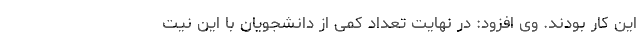
این کار بودند. وی افزود: در نهایت تعداد کمی از دانشجویان با این نیت